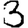
Digit: 3